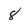
Character: 8